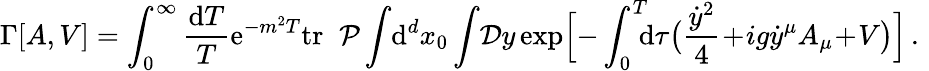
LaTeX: \Gamma[A,V]=\int_{0}^{\infty}{\frac{\mathrm{d}T}{T}}\mathrm{e}^{-m^{2}T}\mathrm{tr}\; \; {\cal P}\int\! \mathrm{d}^{d}x_{0}\int\! {\cal D}y\exp\Bigl[-\int_{0}^{T}\! \! \! \mathrm{d}\tau\bigl({\frac{\dot{y}^{2}}{4}}\! +\! ig\dot{y}^{\mu}A_{\mu}\! +\! V\bigr)\Bigr]\, .\, \,